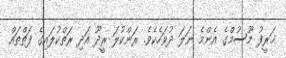
ޚަރީފު މޫސުމްގެ އެންމެ ނަލަ ދުވަހެކެވެ. ރަންކުލަ ރީދޫ އަދި ރަތްކުލައިގެ ފަތްތައް